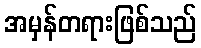
အမှန်တရားဖြစ်သည်